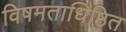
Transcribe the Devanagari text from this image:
विषमताधिष्ठित